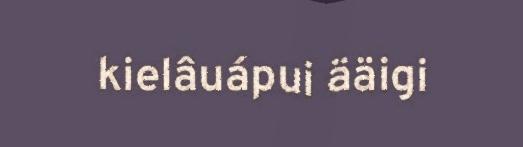
kielâuápui ääigi